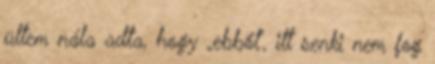
ültem nála adta, hogy „eb­ből”, itt senki nem fog